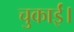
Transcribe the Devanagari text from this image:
चुकाईं।